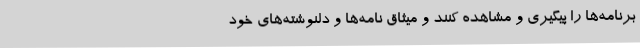
برنامه‌ها را پیگیری و مشاهده کنند و میثاق نامه‌ها و دلنوشته‌های خود